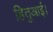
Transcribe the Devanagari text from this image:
हितुआई।